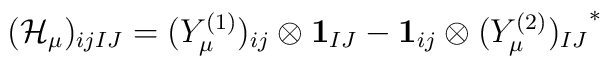
({\cal H}_\mu)_{ijIJ}=(Y_\mu^{(1)})_{ij}\otimes{\bf 1}_{IJ}- {\bf  1}_{ij}\otimes{(Y_\mu^{(2)})_{IJ}}^*